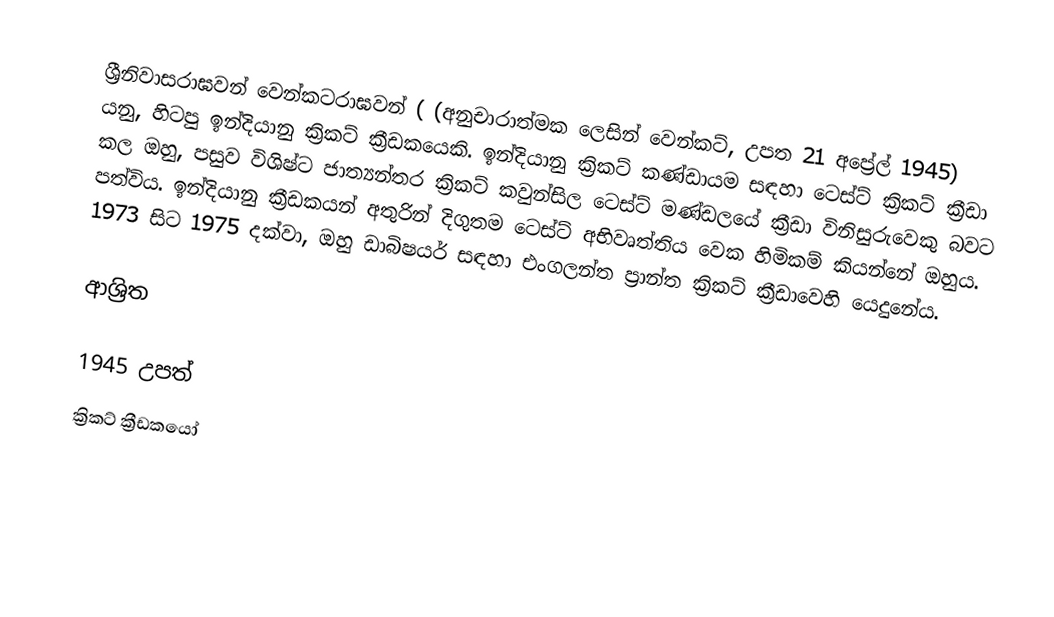
ශ්‍රීනිවාසරාඝවන් වෙන්කටරාඝවන් ( (අනුචාරාත්මක ලෙසින් වෙන්කට්, උපත 21 අප්‍රේල් 1945) යනු, හිටපු  ඉන්දියානු ක්‍රිකට් ක්‍රීඩකයෙකි.  ඉන්දියානු ක්‍රිකට් කණ්ඩායම සඳහා ටෙස්ට් ක්‍රිකට් ක්‍රීඩා කල ඔහු, පසුව   විශිෂ්ට ජාත්‍යන්තර ක්‍රිකට් කවුන්සිල ටෙස්ට් මණ්ඩලයේ  ක්‍රීඩා විනිසුරුවෙකු බවට පත්විය.  ඉන්දියානු ක්‍රීඩකයන් අතුරින් දිගුතම ටෙස්ට් අභිවෘත්තිය වෙක හිමිකම් කියන්නේ ඔහුය.  1973 සිට 1975 දක්වා, ඔහු ඩාබිෂයර් සඳහා එංගලන්ත ප්‍රාන්ත ක්‍රිකට් ක්‍රීඩාවෙහි යෙදුනේය.

ආශ්‍රිත

1945 උපත්
ක්‍රිකට් ක්‍රීඩකයෝ